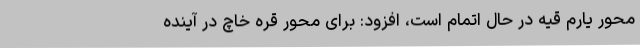
محور یارم قیه در حال اتمام است، افزود: برای محور قره خاچ در آینده